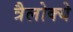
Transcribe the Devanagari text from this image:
त्रैलोक्ये